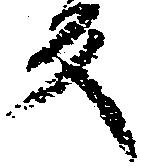
反